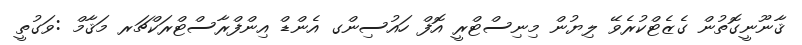
ޤާނޫނީގޮތުން ގެޒެޓްކުރެވޭ ލިޔުން މިނިސްޓްރީ އޮފް ހައުސިންގ އެންޑް އިންފްރާސްޓްރަކްޗަރ މަޤާމް :ވަގުތީ